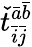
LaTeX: \check{t}_{\bar{i}\bar{j}}^{\bar{a}\bar{b}}